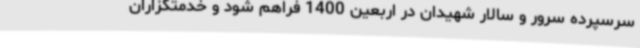
سرسپرده سرور و سالار شهیدان در اربعین 1400 فراهم شود و خدمتگزاران